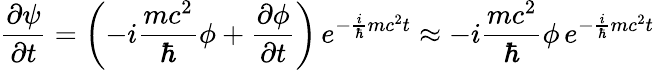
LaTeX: {\frac{\partial\psi}{\partial t}}=\left(-i{\frac{mc^{2}}{\hbar}}\phi+{\frac{\partial\phi}{\partial t}}\right)\, e^{-{\frac{i}{\hbar}}mc^{2}t}\approx-i{\frac{mc^{2}}{\hbar}}\phi\, e^{-{\frac{i}{\hbar}}mc^{2}t}